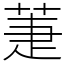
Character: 萐